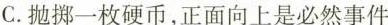
C.抛掷一枚硬币，正面向上是必然事件